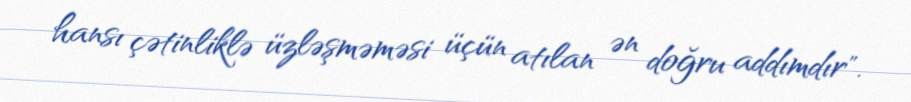
hansı çətinliklə üzləşməməsi üçün atılan ən doğru addımdır".